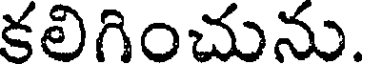
కలిగించును.